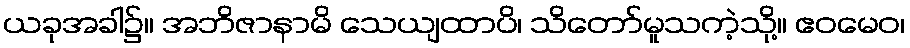
ယခုအခါ၌။ အဘိဇာနာမိ သေယျထာပိ၊ သိတော်မူသကဲ့သို့။ ဧဝမေဝ၊